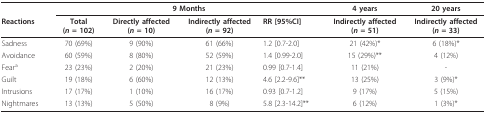
<table><thead><tr><td></td><td colspan="4"><b>9 Months</b></td><td><b>4 years</b></td><td><b>20 years</b></td></tr><tr><td><b>Reactions</b></td><td><b>Total(<i>n </i>= 102)</b></td><td><b>Directly affected(<i>n </i>= 10)</b></td><td><b>Indirectly affected(<i>n </i>= 92)</b></td><td><b>RR [95%CI]</b></td><td><b>Indirectly affected(<i>n </i>= 51)</b></td><td><b>Indirectly affected(<i>n </i>= 33)</b></td></tr></thead><tbody><tr><td>Sadness</td><td>70 (69%)</td><td>9 (90%)</td><td>61 (66%)</td><td>1.2 [0.7-2.0]</td><td>21 (42%)*</td><td>6 (18%)*</td></tr><tr><td>Avoidance</td><td>60 (59%)</td><td>8 (80%)</td><td>52 (59%)</td><td>1.4 [0.99-2.0]</td><td>15 (29%)**</td><td>4 (12%)</td></tr><tr><td>Fear<sup>a</sup></td><td>23 (23%)</td><td>2 (20%)</td><td>21 (23%)</td><td>0.99 [0.7-1.4]</td><td>11 (21%)</td><td>-</td></tr><tr><td>Guilt</td><td>19 (18%)</td><td>6 (60%)</td><td>12 (13%)</td><td>4.6 [2.2-9.6]**</td><td>13 (25%)</td><td>3 (9%)*</td></tr><tr><td>Intrusions</td><td>17 (17%)</td><td>1 (10%)</td><td>16 (17%)</td><td>0.93 [0.7-1.2]</td><td>9 (17%)</td><td>5 (15%)</td></tr><tr><td>Nightmares</td><td>13 (13%)</td><td>5 (50%)</td><td>8 (9%)</td><td>5.8 [2.3-14.2]**</td><td>6 (12%)</td><td>1 (3%)*</td></tr></tbody></table>